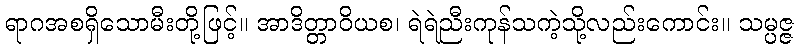
ရာဂအစရှိသောမီးတို့ဖြင့်။ အာဒိတ္တာဝိယစ၊ ရဲရဲညီးကုန်သကဲ့သို့လည်းကောင်း။ သမ္ပဇ္ဇ